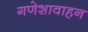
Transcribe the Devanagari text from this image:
गणेशावाहन